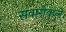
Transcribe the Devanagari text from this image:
सवारीवाले